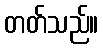
တတ်သည်။